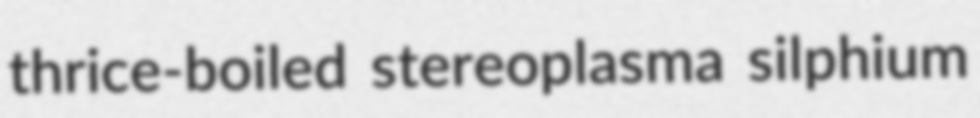
thrice-boiled stereoplasma silphium